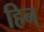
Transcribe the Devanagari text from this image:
हिन्